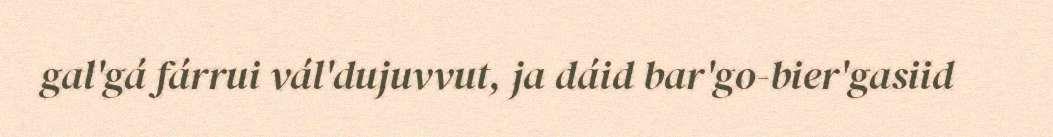
gal'gá fárrui vál'dujuvvut, ja dáid bar'go-bier'gasiid